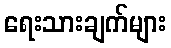
ရေးသားချက်များ